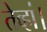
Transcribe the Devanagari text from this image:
तेव्हां।